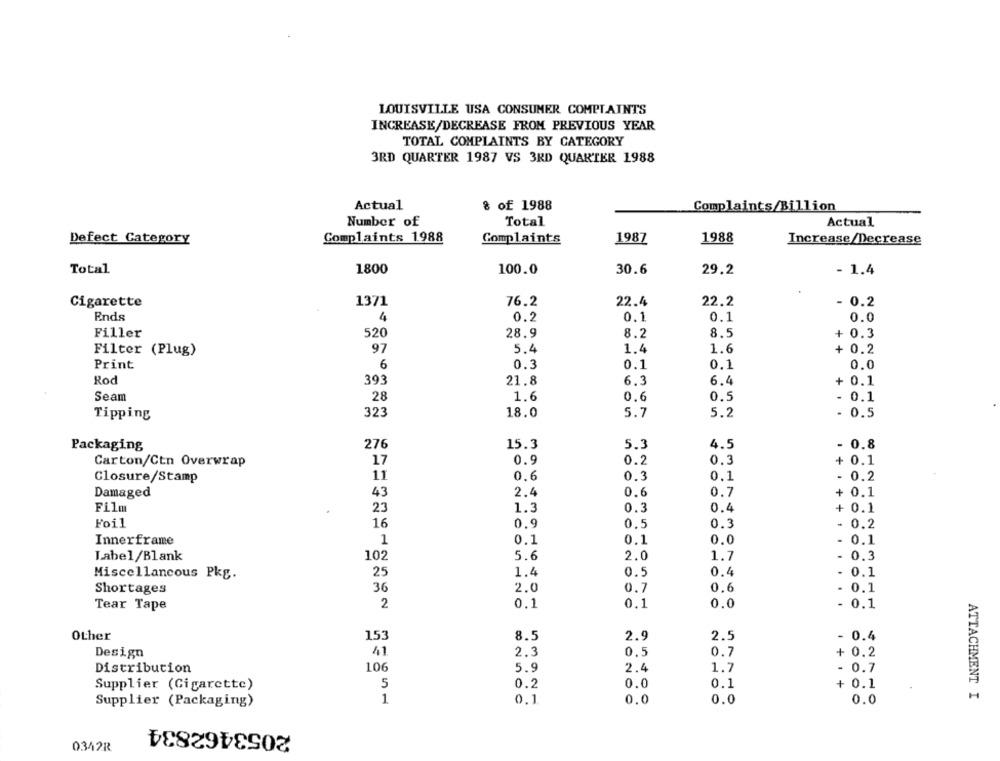
LOUISVILLE USA CONSUMER COMPLAINTS
INCREASE/DECREASE FROM PREVIOUS YEAR
TOTAL COMPLAINTS BY CATEGORY
3RD QUARTER 1987 VS 3RD QUARTER 1988
Actual
& of 1988
Complaints/Billion
Number of
Total
Actual
Defect Category
Complaints 1988
Complaints
1987
1988
Increase/Decrease
Total
1800
100.0
30.6
29.2
- 1.4
Cigarette
1371
76.2
22.4
22.2
- 0.2
Ends
4
0.2
0.1
0.1
0.0
Filler
520
28.9
8.2
8.5
+ 0.3
97
5.4
1.4
1.6
+ 0.2
Filter (Plug)
Print
6
0.3
0.1
0.1
0.0
Rod
393
6.4
21.8
6.3
+
0.1
28
1.6
0.6
Seam
0.5
0.1
323
Tipping
18.0
5.7
5.2
- 0.5
Packaging
276
15.3
5.3
4.5
0.8
Carton/Ctn Overwrap
17
0.9
0.2
0.3
+ 0.1
Closure/Stamp
11
0.6
0.3
0.1
0.2
Damaged
43
2.4
0.6
0.7
+ 0.1
Film
23
1.3
0.3
0.4
+ 0.1
Foil
16
0,9
0.5
0.3
0.2
Innerframe
1
0.1
0.1
0.0
0.1
102
5.6
2.0
1.7
0.3
Label/Blank
Miscellaneous Pkg.
25
1.4
0.5
0.4
0.1
36
0.6
Shortages
2.0
0.7
0.1
Tear Tape
2
0.1
0.1
0.0
- 0.1
Other
153
8.5
2.9
2.5
- 0.4
Design
41
2.3
0.5
0.7
+ 0.2
Distribution
106
5.9
2.4
1.7
- 0.7
Supplier (Cigarette)
5
0.2
0.0
0.1
+ 0.1
1
0.1
0.0
0.0
0.0
ATTACHMENT I
Supplier (Packaging)
2053462834
0342R